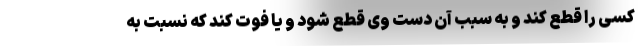
کسی را قطع کند و به سبب آن دست وی قطع شود و یا فوت کند که نسبت به